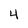
Character: 4